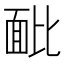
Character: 䩃